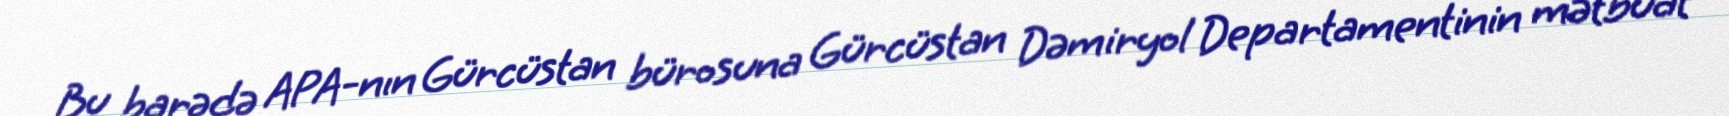
Bu barədə APA-nın Gürcüstan bürosuna Gürcüstan Dəmiryol Departamentinin mətbuat